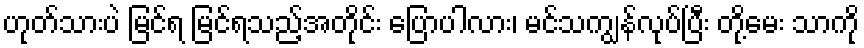
ဟုတ်သားပဲ မြင်ရ မြင်ရသည့်အတိုင်း ပြောပါလား၊ မင်သကျွန်လုပ်ပြီး တို့မေး သာကို